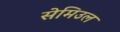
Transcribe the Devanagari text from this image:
सेमिउल